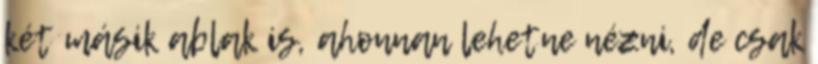
két másik ablak is, ahonnan lehetne nézni, de csak